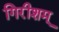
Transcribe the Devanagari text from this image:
गिरीशम्